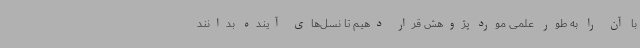
با آن را به طور علمی مورد پژوهش قرار دهیم تا نسل‌های آینده بدانند